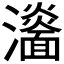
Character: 𤃨